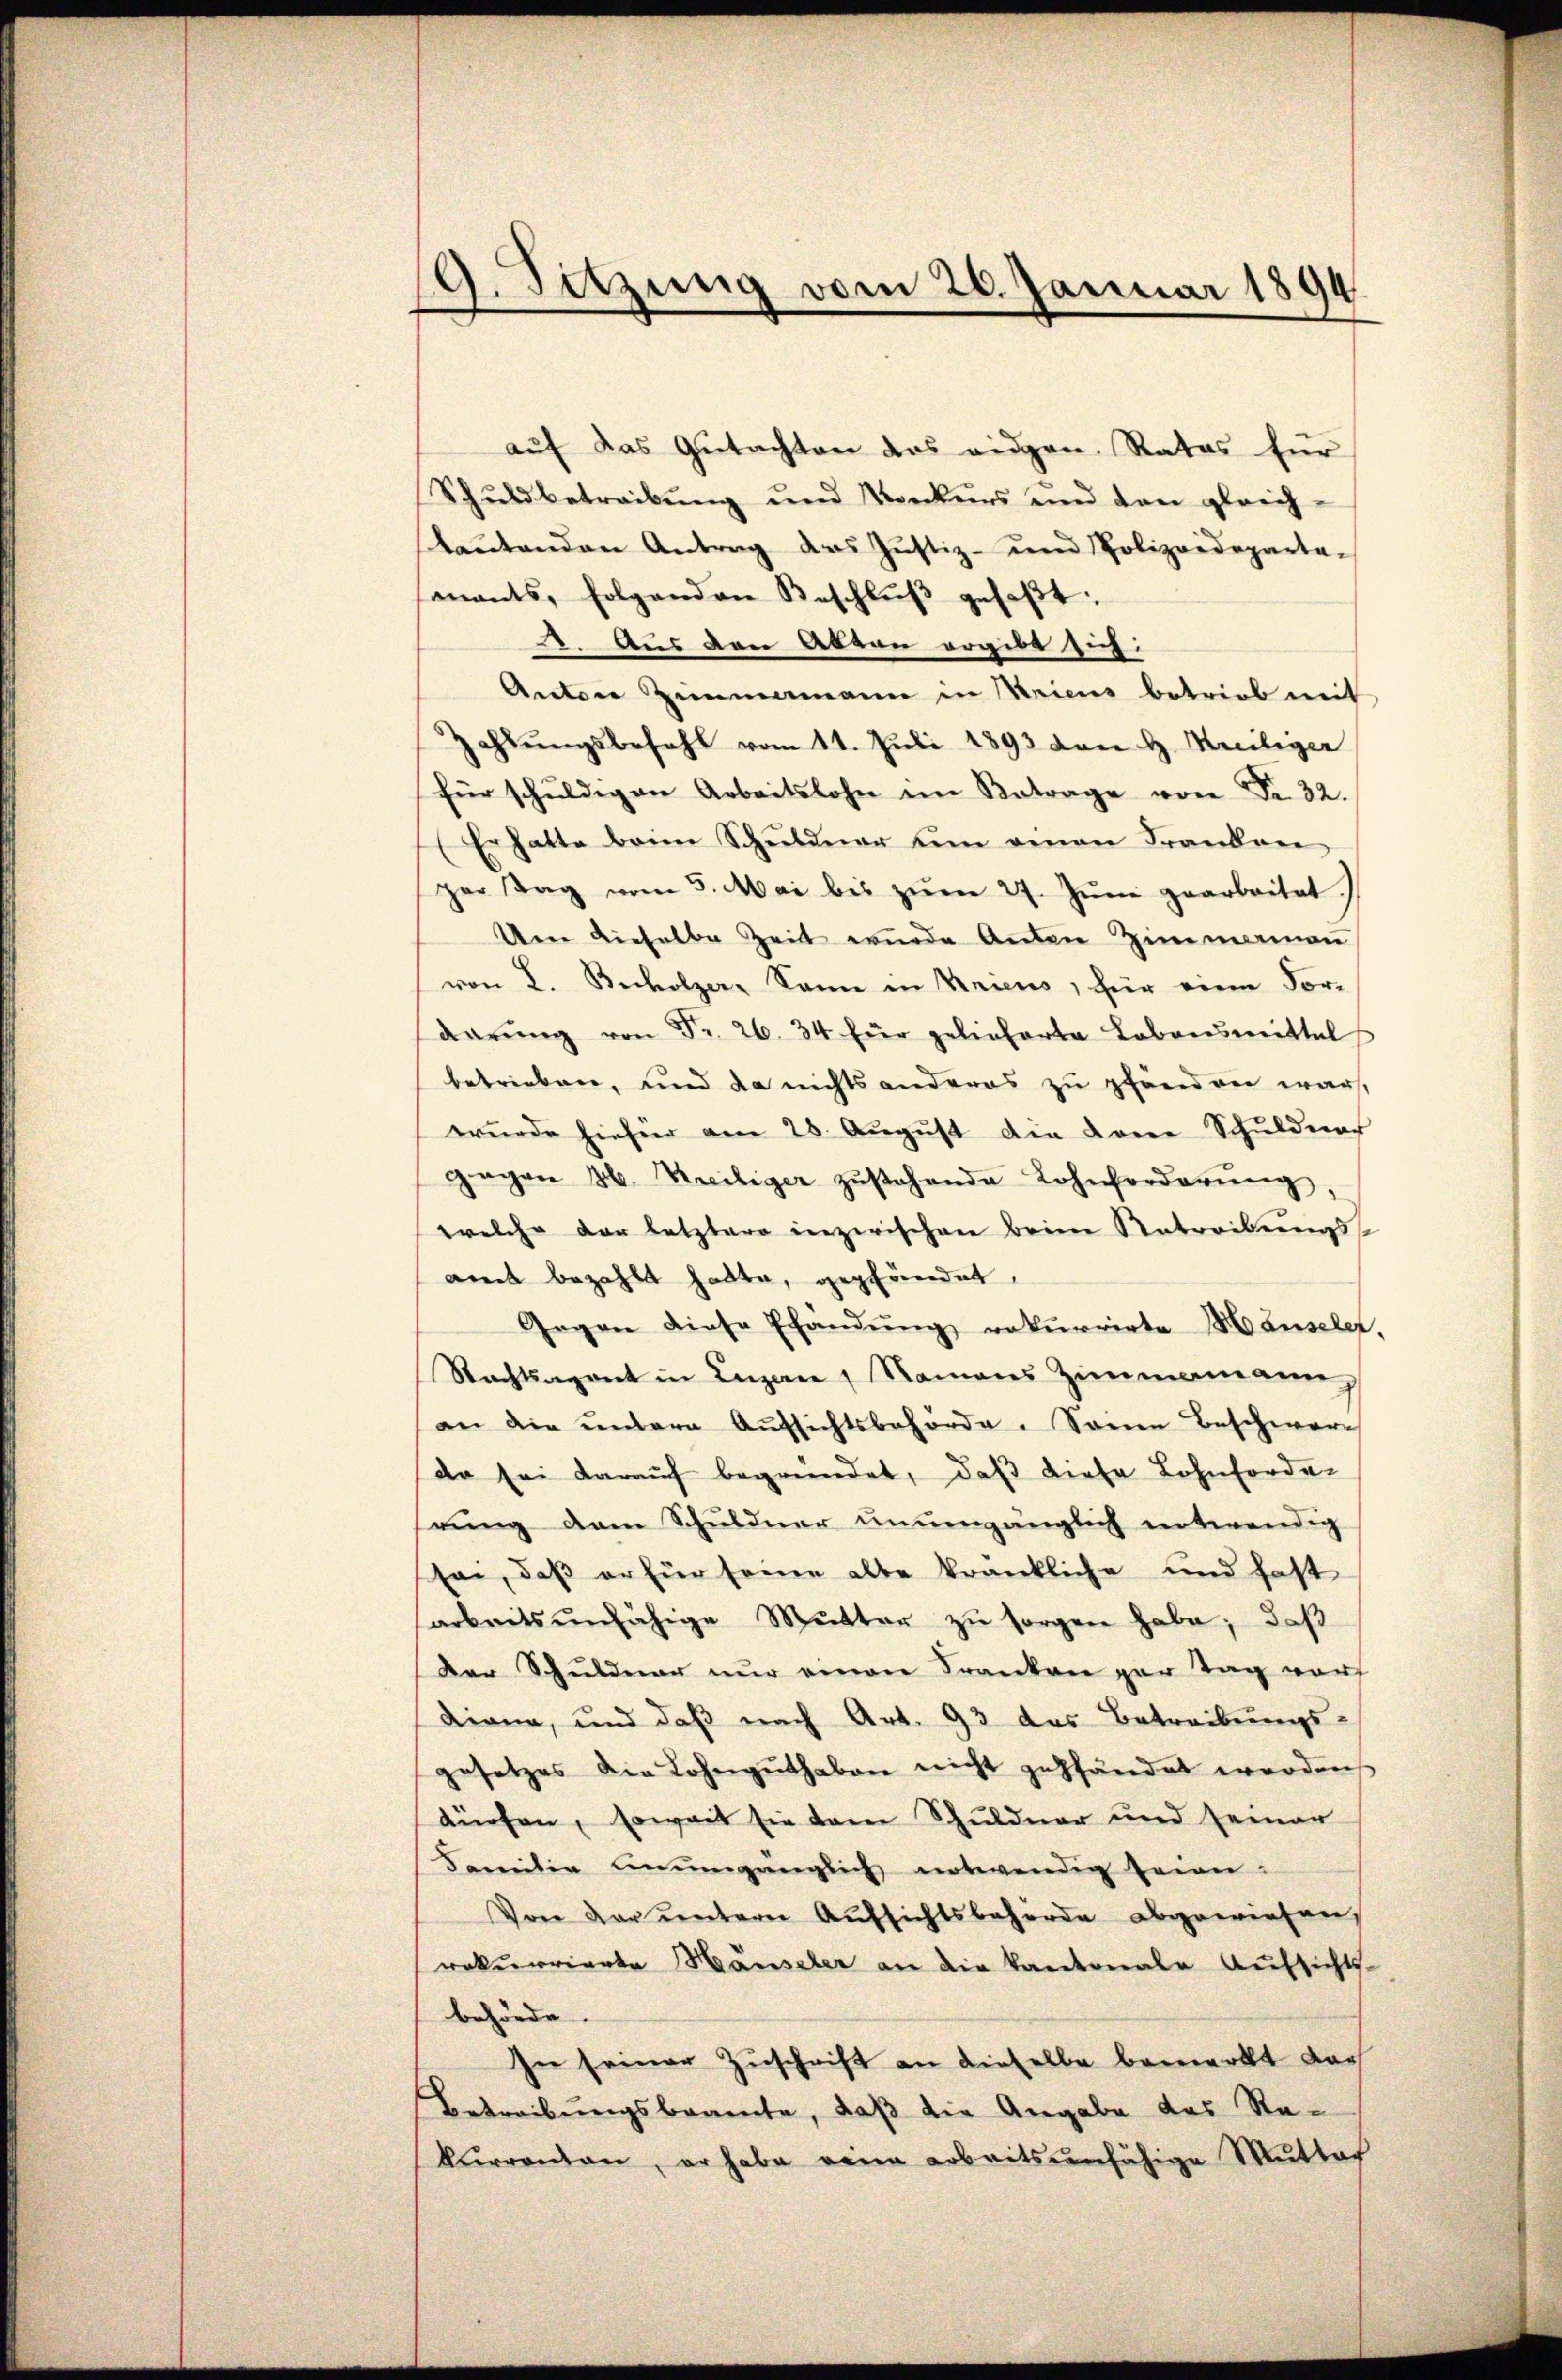
9. Sitzung vom 26. Januar 1894

auf das Gutachten das eidgen. Rates für
Schŭldbetreibŭng ŭnd Konkŭrs und den gleich-
baŭtenden Antrag das Justiz- und Polizeideparta-
mnants, folgenden Beschlŭβ gefaßt:
2. Aus den Akten ergibt 14.
Anton Zimmemann in Kriens betrieb mit
Zahlŭngsbefehl vom 11. Juli 1893 von H. Meiliger
für schŭldigen Arbeitslohn im Betrage von Fr. 32.
Er hatte beim Schuldner um einen Franken
per Tag vom 5. Mai bis zŭm 27. Jŭni gearbeitet
Um dieselbe Zeit wurde Anton Zimmenau
von L. Becholzer, Sann in Kriens, für eine For-
darŭng von Fr. 26. 34 für gelieferte Lebensmittel
betrieben, und da nichts anderes zu pfänden war,
wurde hiefür am 28. August die donne Schuldner
gegen H. Kreiliger zŭstehende Lohnforderŭng,
welche der letztere inzwischen Beine Ratreckungsand bezahlt hatte, gepfändet,
Gegen diese Ehändŭng rekurrirte Manseler,
Rachtsagent in Luzern, Namens Zimmenann
an die ŭntern Aŭfsichtsbehörde. Seine Beschwere
dr sei darauf begründet, daß diese Lohnforder
rung dem Schuldner unumgänglich notwendig
see, daß er für seine alte krankliche und hast
arbeitsunfähige Mutter zŭ sorgen habe; daß
Der Schuldner nur einen Franken gar Tag vor
Diana, und daß nach Art. 93 das Betreibungs-
gesetzes die Lohngŭthaben nicht gepfändet worden
dürfen, soweit sie dem Schuldner und seiner
Familie unumgänglich notwendig seiner-
Von dar untere Aufsichtsbehörde abgewiesen,
rekurrierte Häuseler an die Kantonale Aufsichts-
behörde.
In seiner Zuschrift an dieselbe bemerkt darf
Betreibungsbeamte, daß die Angabe das Rakŭrrenten, er habe von arbeitsunfähige Mŭttaf